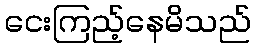
ငေးကြည့်နေမိသည်